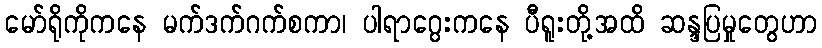
မော်ရိုကိုကနေ မက်ဒက်ဂက်စကာ၊ ပါရာဂွေးကနေ ပီရူးတို့အထိ ဆန္ဒပြမှုတွေဟာ